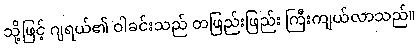
သို့ဖြင့် ဂျရယ်၏ ဝါခင်းသည် တဖြည်းဖြည်း ကြီးကျယ်လာသည်။